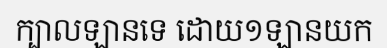
ក្បាលឡានទេ ដោយ១ឡានយក